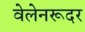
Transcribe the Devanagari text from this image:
वेलेनरूदर